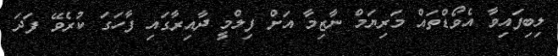
ލިބިފައިވާ އެވޯޑްތައް މަރިޔަމް ނާޒިމާ އަށް ފިލްމީ ދާއިރާގައި ފާހަގަ ކުރެވޭ ފަދަ